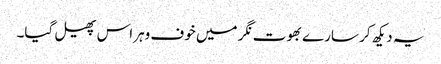
یہ دیکھ کر سارے بھوت نگر میں خوف وہراس پھیل گیا۔